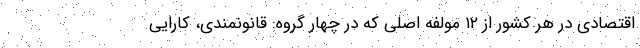
اقتصادی در هر کشور از ۱۲ مولفه اصلی که در چهار گروه: قانونمندی، کارایی